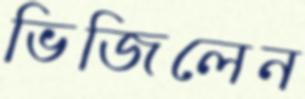
ভিজিলেন